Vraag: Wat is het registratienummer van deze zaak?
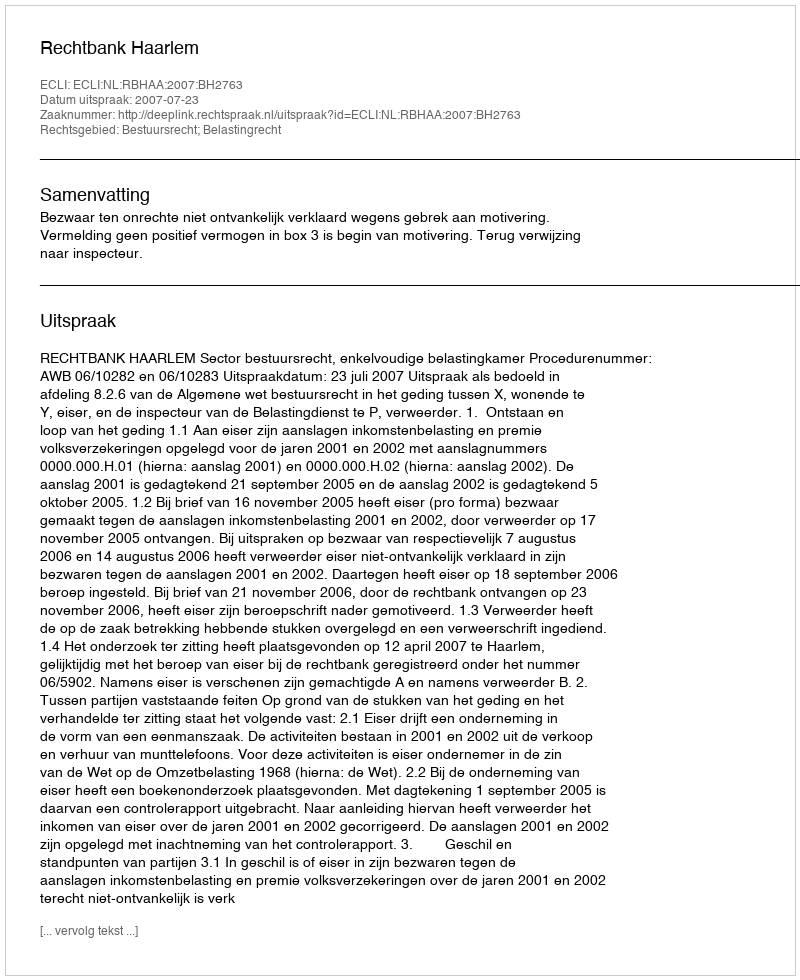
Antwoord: http://deeplink.rechtspraak.nl/uitspraak?id=ECLI:NL:RBHAA:2007:BH2763